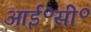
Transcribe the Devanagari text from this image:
आई॰सी॰